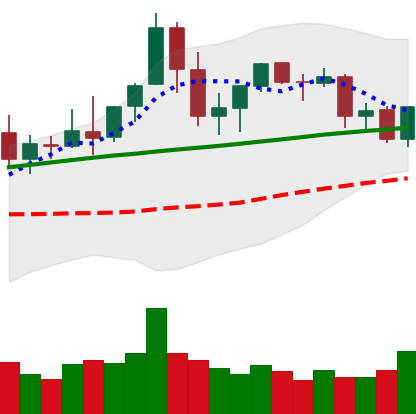
Ticker: ETC-USD
Chart end date: 2021-08-27
Forward return: 7.554%
Label: up_7plus